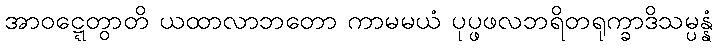
အာဝဋ္ဋေတွာတိ ယထာလာဘတော ကာမမယံ ပုပ္ဖဖလဘရိတရုက္ခာဒိသမ္ပန္နံ